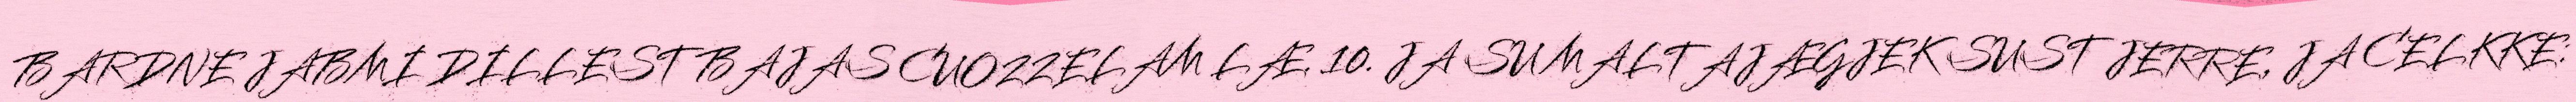
BARDNE JABMI DILLEST BAJAS CUOZZELAM LÆ. 10. JA SU MALTAJÆGJEK SUST JERRE, JA CELKKE: